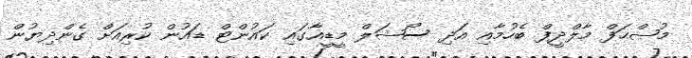
މުޞްޙަފް މާލްދީފް ބެހުމާއި އަދި ސޯޝަލް މީޑީއާގައި ކައުންޓް ޑައުން ކުރިއަށް ގެންދިޔުން